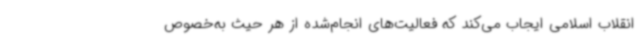
انقلاب اسلامی ایجاب می‌کند که فعالیت‌های انجام‌شده از هر حیث به‌خصوص